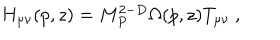
LaTeX: H _ { \mu \nu } ( p , z ) = M _ { P } ^ { 2 - D } \Omega ( p , z ) T _ { \mu \nu } ~ ,